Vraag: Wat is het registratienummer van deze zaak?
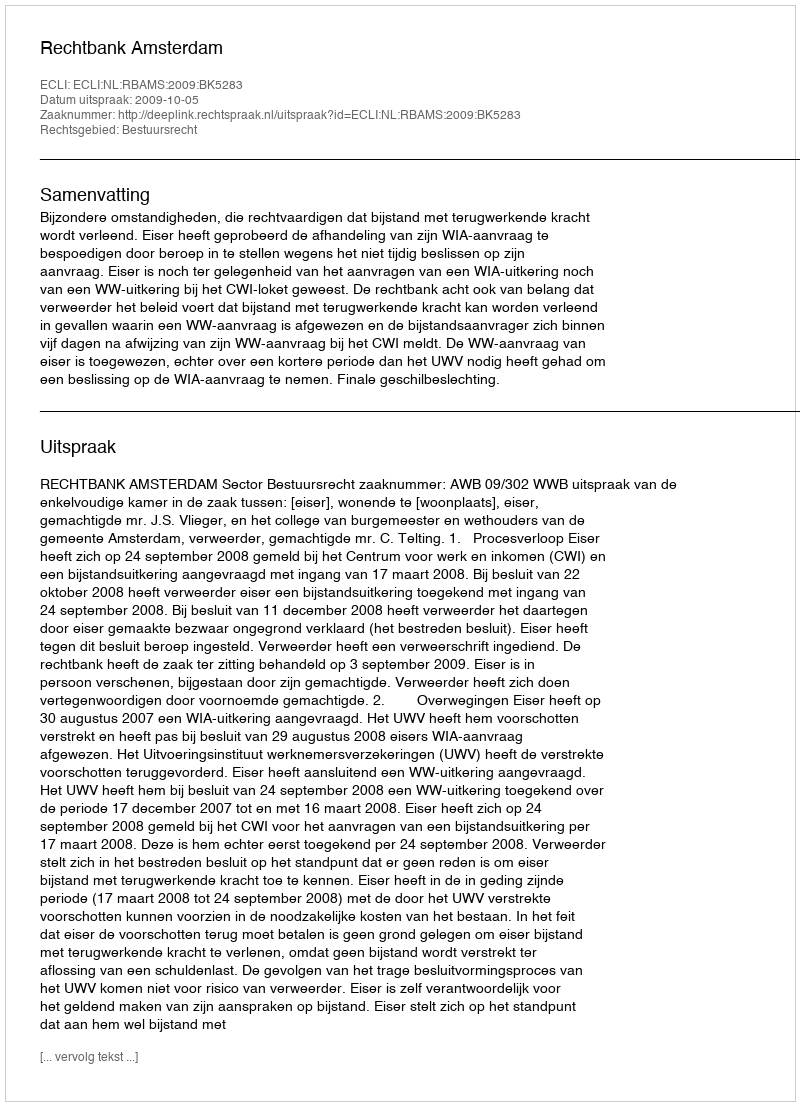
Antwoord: http://deeplink.rechtspraak.nl/uitspraak?id=ECLI:NL:RBAMS:2009:BK5283